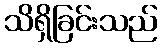
သိရှိခြင်းသည်